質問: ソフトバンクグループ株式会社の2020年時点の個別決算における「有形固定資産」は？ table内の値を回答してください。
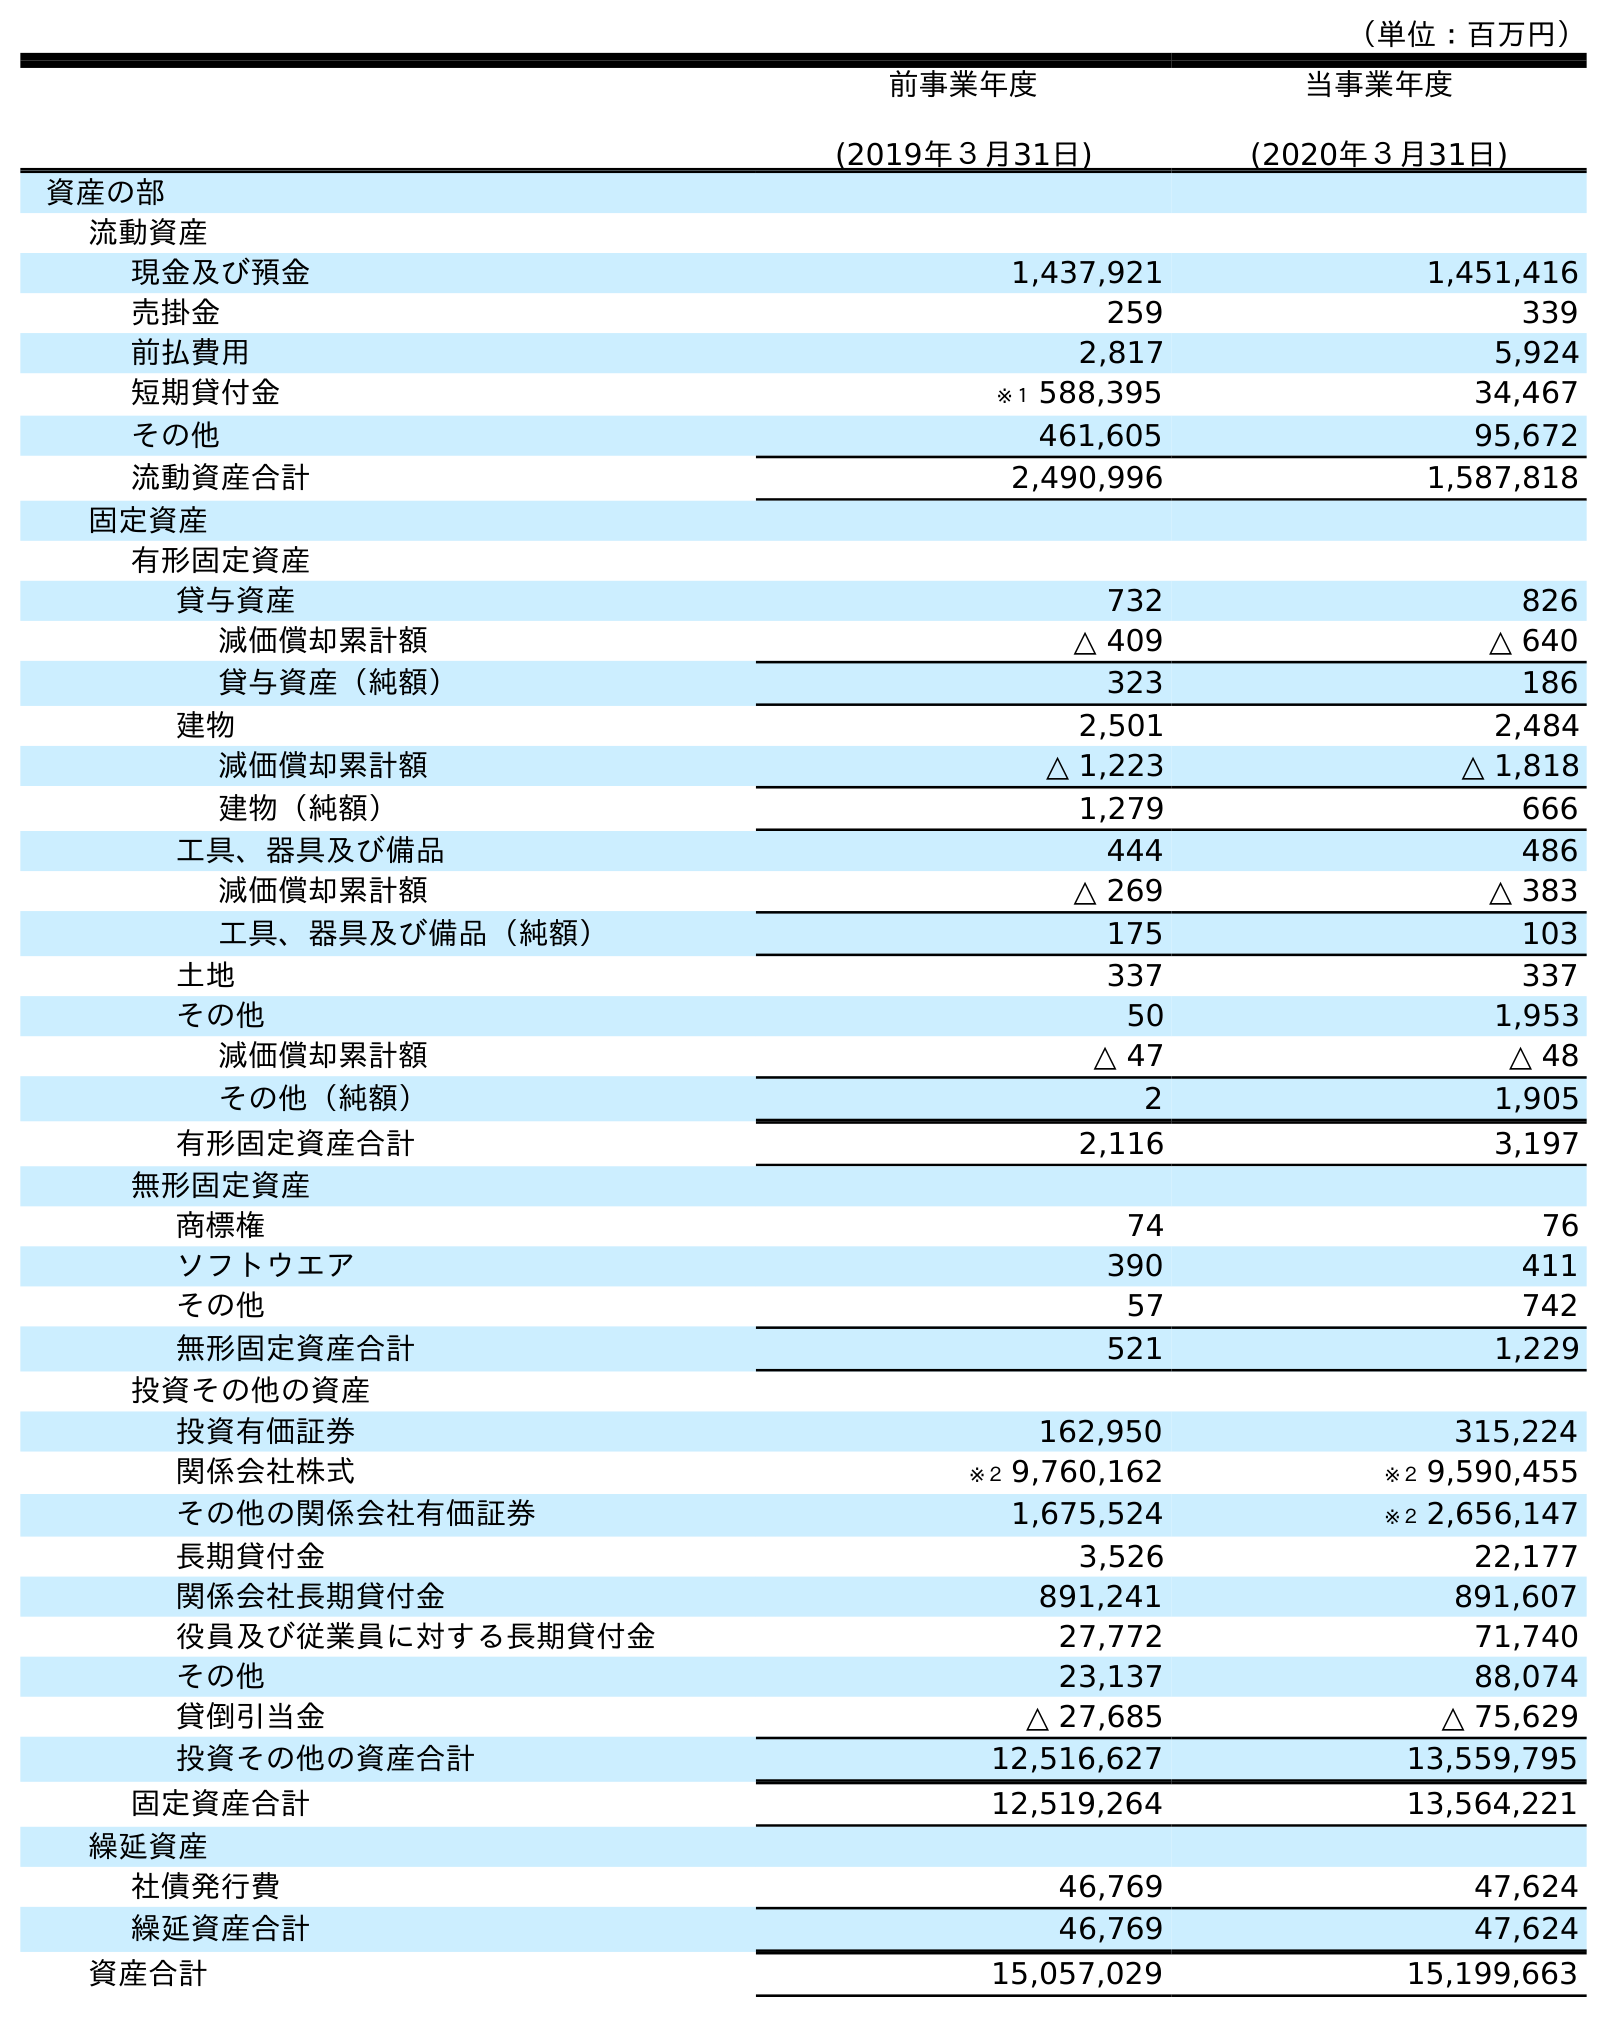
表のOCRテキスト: （単位：百万円） 前事業年度 (2019年３月31日) 当事業年度 (2020年３月31日) 資産の部 流動資産 現金及び預金 1,437,921 1,451,416 売掛金 259 339 前払費用 2,817 5,924 短期貸付金 ※１ 588,395 34,467 その他 461,605 95,672 流動資産合計 2,490,996 1,587,818 固定資産 有形固定資産 貸与資産 732 826 減価償却累計額 △ 409 △ 640 貸与資産（純額） 323 186 建物 2,501 2,484 減価償却累計額 △ 1,223 △ 1,818 建物（純額） 1,279 666 工具、器具及び備品 444 486 減価償却累計額 △ 269 △ 383 工具、器具及び備品（純額） 175 103 土地 337 337 その他 50 1,953 減価償却累計額 △ 47 △ 48 その他（純額） 2 1,905 有形固定資産合計 2,116 3,197 無形固定資産 商標権 74 76 ソフトウエア 390 411 その他 57 742 無形固定資産合計 521 1,229 投資その他の資産 投資有価証券 162,950 315,224 関係会社株式 ※２ 9,760,162 ※２ 9,590,455 その他の関係会社有価証券 1,675,524 ※２ 2,656,147 長期貸付金 3,526 22,177 関係会社長期貸付金 891,241 891,607 役員及び従業員に対する長期貸付金 27,772 71,740 その他 23,137 88,074 貸倒引当金 △ 27,685 △ 75,629 投資その他の資産合計 12,516,627 13,559,795 固定資産合計 12,519,264 13,564,221 繰延資産 社債発行費 46,769 47,624 繰延資産合計 46,769 47,624 資産合計 15,057,029 15,199,663
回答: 3,197